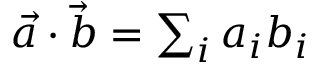
\begin{array} { r } { \vec { a } \cdot \vec { b } = \sum _ { i } a _ { i } b _ { i } } \end{array}